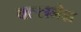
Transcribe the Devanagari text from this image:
वल्लभेश